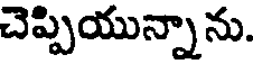
చెప్పియున్నాను.